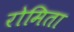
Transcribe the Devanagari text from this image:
रोमिता